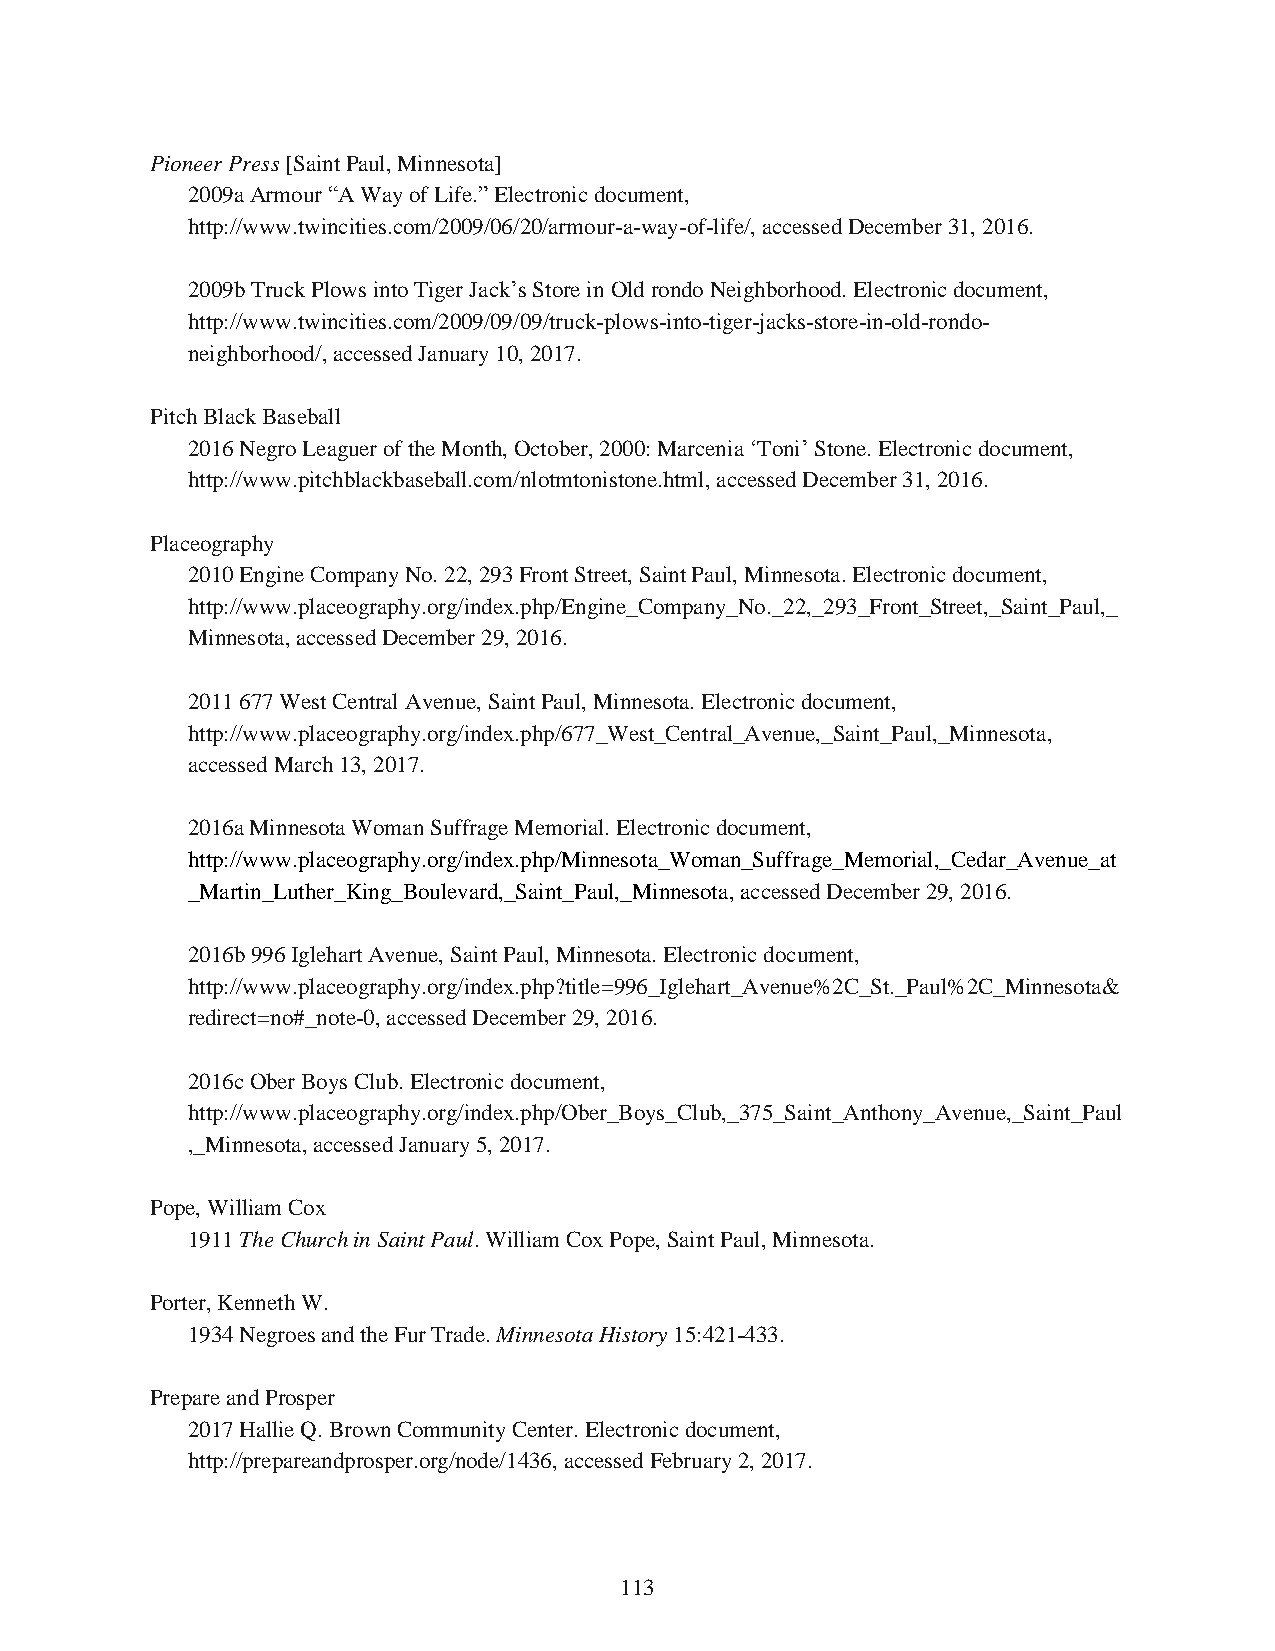
Pioneer Press [Saint Paul, Minnesota]
 2009a Armour “A Way of Life.” Electronic document,
 http://www.twincities.com/2009/06/20/armour-a-way-of-life/, accessed December 31, 2016.
 2009b Truck Plows into Tiger Jack’s Store in Old rondo Neighborhood. Electronic document,
 http://www.twincities.com/2009/09/09/truck-plows-into-tiger-jacks-store-in-old-rondo-
 neighborhood/, accessed January 10, 2017.
 Pitch Black Baseball
 2016 Negro Leaguer of the Month, October, 2000: Marcenia ‘Toni’ Stone. Electronic document,
 http://www.pitchblackbaseball.com/nlotmtonistone.html, accessed December 31, 2016.
 Placeography
 2010 Engine Company No. 22, 293 Front Street, Saint Paul, Minnesota. Electronic document,
 http://www.placeography.org/index.php/Engine_Company_No._22,_293_Front_Street,_Saint_Paul,_
 Minnesota, accessed December 29, 2016.
 2011 677 West Central Avenue, Saint Paul, Minnesota. Electronic document,
 http://www.placeography.org/index.php/677_West_Central_Avenue,_Saint_Paul,_Minnesota,
 accessed March 13, 2017.
 2016a Minnesota Woman Suffrage Memorial. Electronic document,
 http://www.placeography.org/index.php/Minnesota_Woman_Suffrage_Memorial,_Cedar_Avenue_at
 _Martin_Luther_King_Boulevard,_Saint_Paul,_Minnesota, accessed December 29, 2016.
 2016b 996 Iglehart Avenue, Saint Paul, Minnesota. Electronic document,
 http://www.placeography.org/index.php?title=996_Iglehart_Avenue%2C_St._Paul%2C_Minnesota&
 redirect=no#_note-0, accessed December 29, 2016.
 2016c Ober Boys Club. Electronic document,
 http://www.placeography.org/index.php/Ober_Boys_Club,_375_Saint_Anthony_Avenue,_Saint_Paul
 ,_Minnesota, accessed January 5, 2017.
 Pope, William Cox
 1911 The Church in Saint Paul. William Cox Pope, Saint Paul, Minnesota.
 Porter, Kenneth W.
 1934 Negroes and the Fur Trade. Minnesota History 15:421-433.
 Prepare and Prosper
 2017 Hallie Q. Brown Community Center. Electronic document,
 http://prepareandprosper.org/node/1436, accessed February 2, 2017.
 113